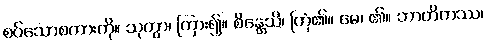
စပ်သောစကားကို။ သုတွာ၊ ကြား၍။ စိန္တေသိ၊ ကြံ၏။ မေ၊ ၏။ ဘာတိကဿ၊